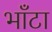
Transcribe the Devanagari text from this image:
भाँटा